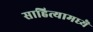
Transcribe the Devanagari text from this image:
साहित्यामध्यॆ